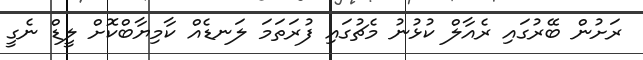
ރަށުން ބޭރުގައި ރެއާލް ކުޅުނު މެޗުގައި ފުރަތަމަ ލަނޑެއް ކާމިޔާބްކޮށް ލީޑް ނެގީ